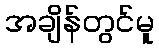
အချိန်တွင်မူ